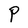
Character: P